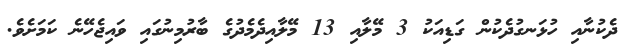
ދެކުނާއި ހުޅަނގުދެކުން ގަޑިއަކު 3 މޭލާއި 13 މޭލާއިދެމެދުގެ ބާރުމިނުގައި ވައިޖެހޭނެ ކަމަށެވެ.